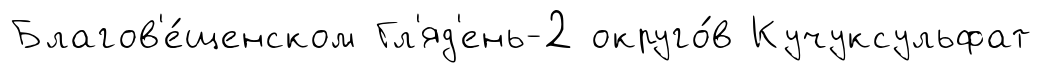
Благов'е́щенском Гл'яд'ень-2 округо́в Кучуксульфат